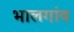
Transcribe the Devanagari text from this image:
भालगांव